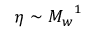
\eta \sim { M _ { w } } ^ { 1 }